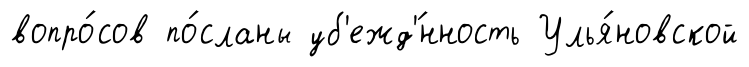
вопро́сов по́сланы уб'ежд'́нность Улья́новской